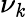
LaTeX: \nu_{\mathit{k}}